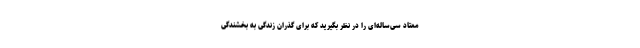
معتاد سی‌ساله‌ای را در نظر بگیرید که برای گذران زندگی به بخشندگی